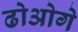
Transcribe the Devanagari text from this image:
ढोओगे